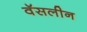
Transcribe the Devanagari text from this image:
वॅसलीन